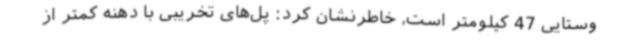
وستایی 47 کیلومتر است، خاطرنشان کرد: پل‌های تخریبی با دهنه کمتر از